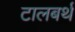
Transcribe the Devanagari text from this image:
टालबर्थ